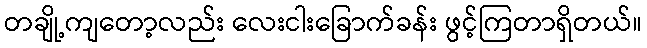
တချို့ကျတော့လည်း လေးငါးခြောက်ခန်း ဖွင့်ကြတာရှိတယ်။